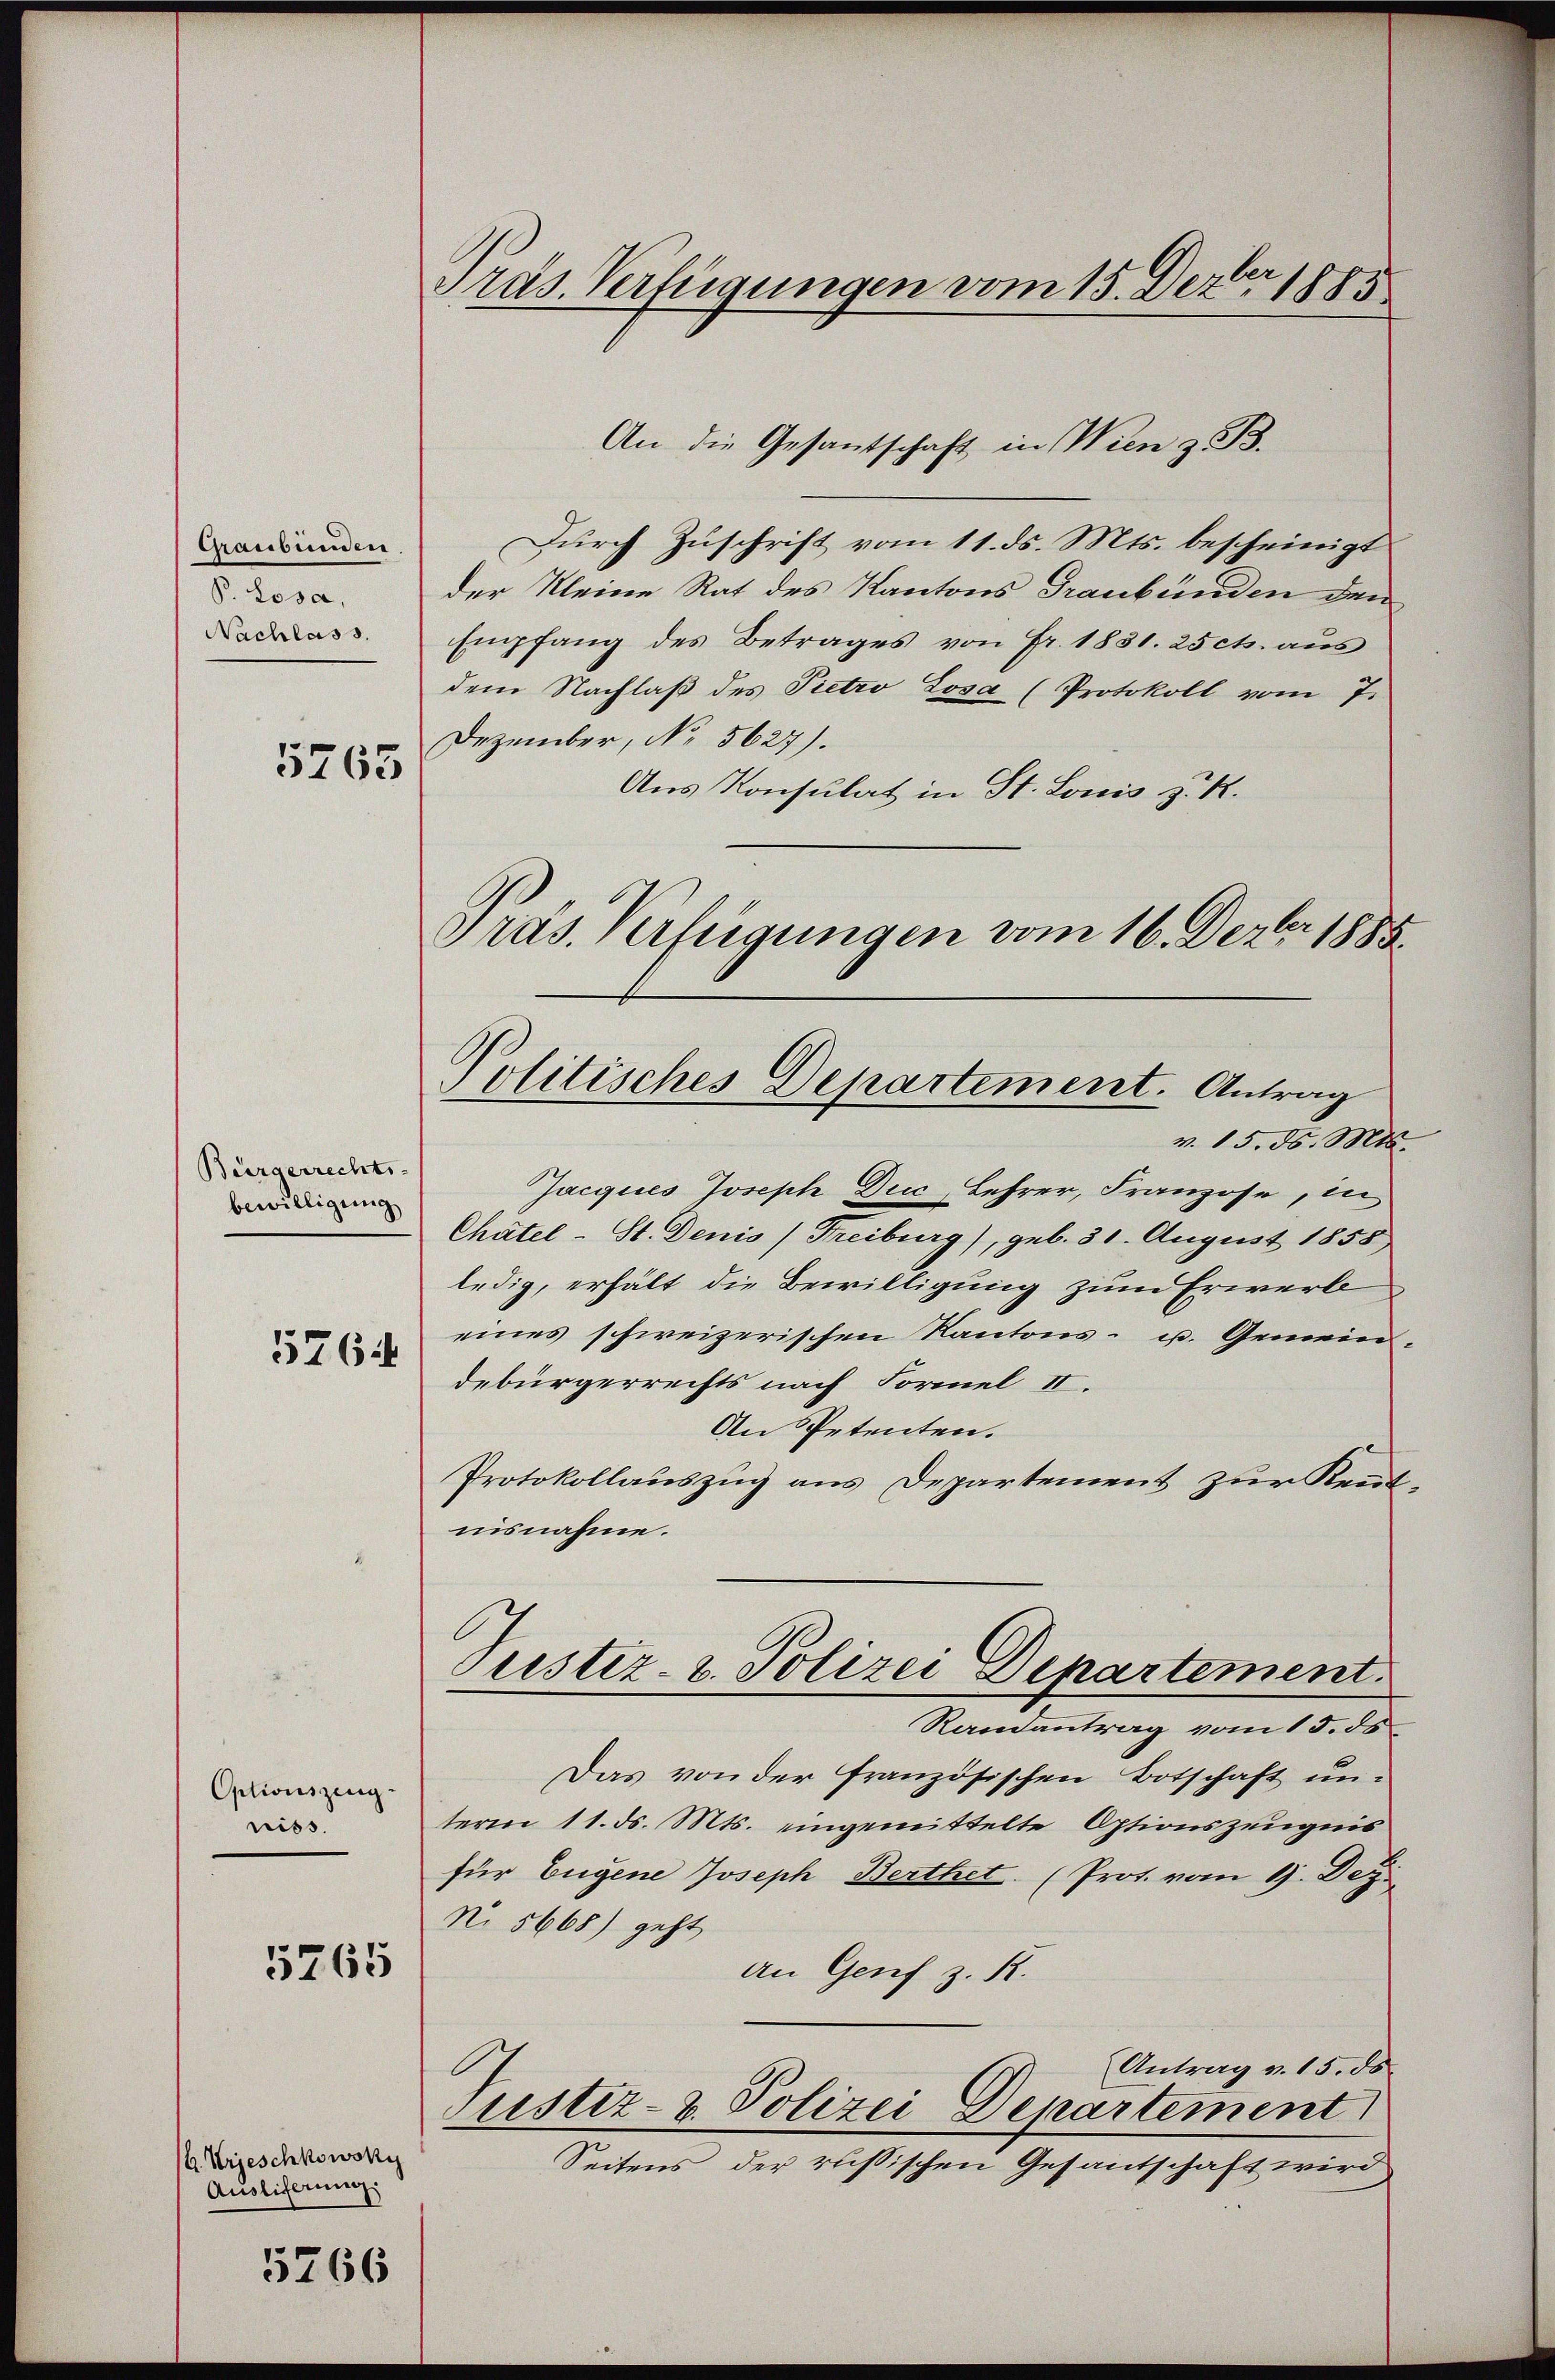
Graubünden.
P. Losa,

5765

An die Gesantschaft in Wien z. B.
Durch Zuschrift vom 11. ds. Mts. bescheinigt
der Kleine Rat des Kantons Graubünden den
Cadas. Empfang des Betrages von Fr. 1831. 25 cts. aŭs
dem Nachlaβ des Pietro Losa (Protokoll vom 7.
Dezember, No. 5627).
Aus Konsulat in St. Louis z. R.
Präs. Verfügungen vom 16. Dezbr. 1885.
v. 15. d. Mts.
Jacques Joseph Duc, Lehrer, Franzose, in
Chätel-St. Denis (Freiburg), geb. 30. August 1858
ledig, erhält die Bewilligung zum Erwerbe
eines schweizerischen Kantons- u. Gemein-
debürgerrechts nach Formel II.
An Petenten.
Protokollauszug aus Departement zur Kenntnisnahme.
Pustiz- & Polizei Departement
Randantrag vom 15. ds
Das von der französischen Botschaft un-
term 11. ds. Mts. eingemittelte Optionszeugnis
für Eugene Joseph Berthet. (Prot. vom 11. Dez.
No 5668) geht
An Genf z. R.
Antrag v. 15. de
Justiz- & Polizei Departement
Seitens der russischen Gesantschaft wird

Bürgerrechts-
bewilligung

5764

Optionszeug.
niss.

5765

Urjeschkowsky
Ausliferung

5766

Präs. Verfügungen vom 15. Dezbr 1885

Politisches Departement. Antrag